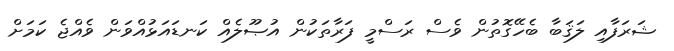
ޝަރަފާއި ލަޤަބާ ބެހޭގޮތުން ވެސް ރަސްމީ ފަރާތަކުން އުޞޫލެއް ކަނޑައަޅުއްވަން ވެއްޖެ ކަމަށް